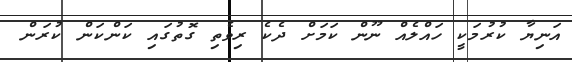
އަނިޔާ ކުރުމަކީ ހައްލެއް ނޫން ކަމަށް ދެކެ ރިވެތި ގޮތުގައި ކަންކަން ކުރަން